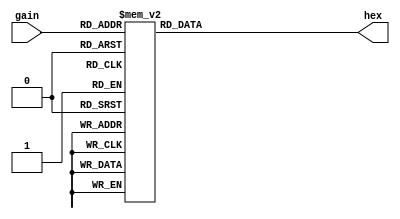
module gain_hex(output reg[6:0] hex, input[3:0] gain);
	always @*
	casez(gain)
		4'h7: hex = 7'b1111000;
		4'h6: hex = 7'b0000010;
		4'h5: hex = 7'b0010010;
		4'h4: hex = 7'b0011001;
		4'h3: hex = 7'b0110000;
		4'h2: hex = 7'b0100100;
		4'h1: hex = 7'b1111001;
		4'h0: hex = 7'b1000000;
		4'hF: hex = 7'b0001000;
		4'hE: hex = 7'b0000011;
		4'hD: hex = 7'b0100111;
		4'hC: hex = 7'b0100001;
		4'hB: hex = 7'b0000110;
		4'hA: hex = 7'b0001110;
		4'h9: hex = 7'b1000010;
		4'h8: hex = 7'b0111111;
	endcase
endmodule